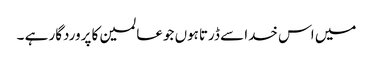
میں اس خدا سے ڈرتاہوں جوعالمین کا پروردگار ہے ۔